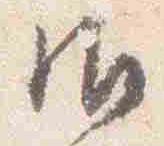
御